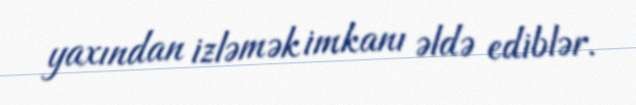
yaxından izləmək imkanı əldə ediblər.